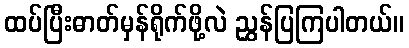
ထပ်ပြီးဓာတ်မှန်ရိုက်ဖို့လဲ ညွှန်ပြကြပါတယ်။